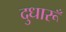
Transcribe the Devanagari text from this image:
दुधारूँ